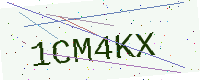
Text: 1CM4KX